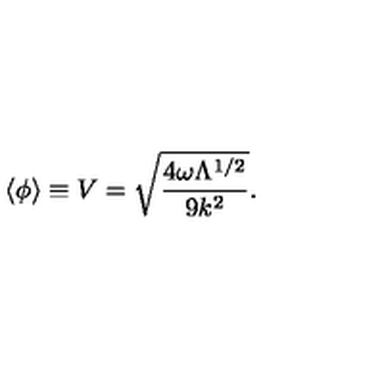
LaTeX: \langle \phi \rangle \equiv V = \sqrt { \frac { 4 \omega \Lambda ^ { 1 / 2 } } { 9 k ^ { 2 } } } .